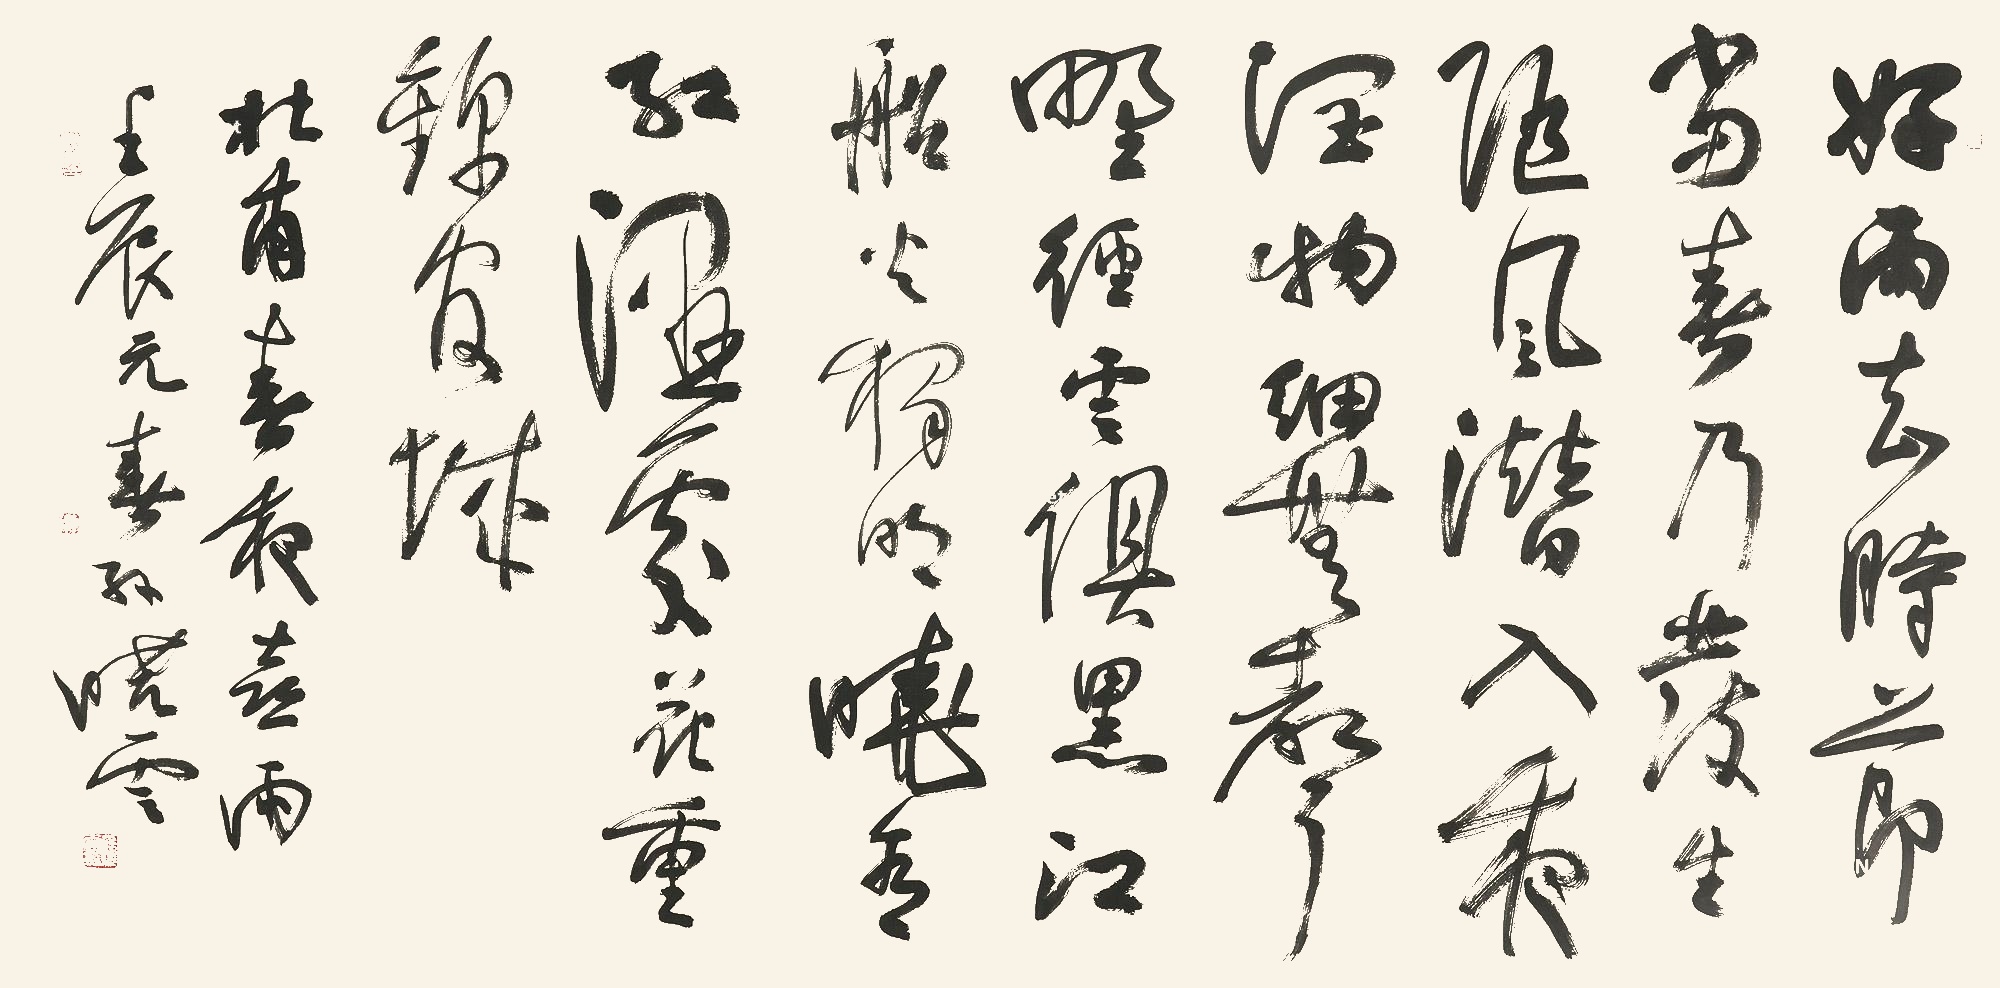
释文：好雨知时节，当春乃发生。

随风潜入夜，润物细无声。

野径云俱黑，江船火独明。

晓看红湿处，花重锦官城。杜甫《春夜喜雨》，壬辰元春孙晓云。